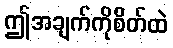
ဤအချက်ကိုစိတ်ထဲ